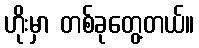
ဟိုးမှာ တစ်ခုတွေ့တယ်။